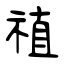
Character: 禃